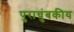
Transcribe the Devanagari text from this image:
पुराचुंबकीय